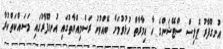
އުނގޫފާރު ޕޮލިސް ސްޓޭޝަންގެ އާ އިމާރާތް ހުޅުވުމަށް ބޭއްވުނު ރަސްމިއްޔާތުގައި އުނގޫފާރުގައި މަސައްކަތްކުރާ